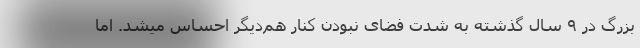
بزرگ در ۹ سال گذشته به شدت فضای نبودن کنار هم‌دیگر احساس میشد. اما